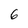
Character: 6